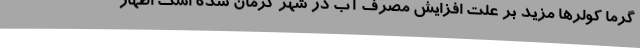
گرما کولرها مزید بر علت افزایش مصرف آب در شهر کرمان شده است اظهار